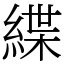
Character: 緤